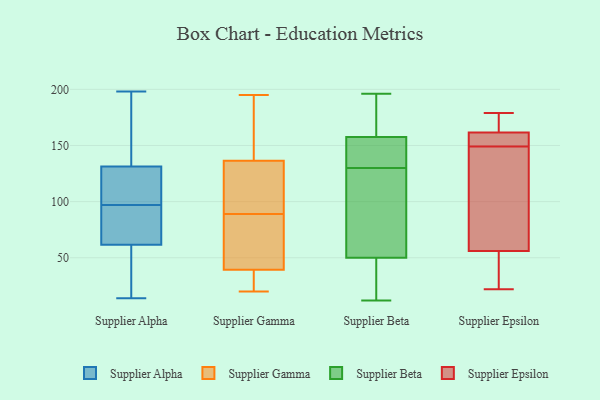
{"axis": {"x": "Backlog", "y": "Value"}, "legend": ["Supplier Alpha", "Supplier Beta", "Supplier Epsilon", "Supplier Gamma"], "data": [{"x": "", "y": 122, "type": "Supplier Alpha"}, {"x": "", "y": 164, "type": "Supplier Alpha"}, {"x": "", "y": 159, "type": "Supplier Alpha"}, {"x": "", "y": 122, "type": "Supplier Alpha"}, {"x": "", "y": 95, "type": "Supplier Alpha"}, {"x": "", "y": 24, "type": "Supplier Alpha"}, {"x": "", "y": 30, "type": "Supplier Alpha"}, {"x": "", "y": 54, "type": "Supplier Alpha"}, {"x": "", "y": 83, "type": "Supplier Alpha"}, {"x": "", "y": 99, "type": "Supplier Alpha"}, {"x": "", "y": 14, "type": "Supplier Alpha"}, {"x": "", "y": 89, "type": "Supplier Alpha"}, {"x": "", "y": 198, "type": "Supplier Alpha"}, {"x": "", "y": 97, "type": "Supplier Alpha"}, {"x": "", "y": 174, "type": "Supplier Alpha"}, {"x": "", "y": 102, "type": "Supplier Alpha"}, {"x": "", "y": 64, "type": "Supplier Alpha"}, {"x": "", "y": 40, "type": "Supplier Gamma"}, {"x": "", "y": 39, "type": "Supplier Gamma"}, {"x": "", "y": 57, "type": "Supplier Gamma"}, {"x": "", "y": 90, "type": "Supplier Gamma"}, {"x": "", "y": 137, "type": "Supplier Gamma"}, {"x": "", "y": 143, "type": "Supplier Gamma"}, {"x": "", "y": 20, "type": "Supplier Gamma"}, {"x": "", "y": 30, "type": "Supplier Gamma"}, {"x": "", "y": 174, "type": "Supplier Gamma"}, {"x": "", "y": 121, "type": "Supplier Gamma"}, {"x": "", "y": 195, "type": "Supplier Gamma"}, {"x": "", "y": 89, "type": "Supplier Gamma"}, {"x": "", "y": 49, "type": "Supplier Gamma"}, {"x": "", "y": 135, "type": "Supplier Gamma"}, {"x": "", "y": 21, "type": "Supplier Gamma"}, {"x": "", "y": 161, "type": "Supplier Beta"}, {"x": "", "y": 138, "type": "Supplier Beta"}, {"x": "", "y": 12, "type": "Supplier Beta"}, {"x": "", "y": 140, "type": "Supplier Beta"}, {"x": "", "y": 173, "type": "Supplier Beta"}, {"x": "", "y": 18, "type": "Supplier Beta"}, {"x": "", "y": 74, "type": "Supplier Beta"}, {"x": "", "y": 149, "type": "Supplier Beta"}, {"x": "", "y": 154, "type": "Supplier Beta"}, {"x": "", "y": 112, "type": "Supplier Beta"}, {"x": "", "y": 122, "type": "Supplier Beta"}, {"x": "", "y": 196, "type": "Supplier Beta"}, {"x": "", "y": 48, "type": "Supplier Beta"}, {"x": "", "y": 30, "type": "Supplier Beta"}, {"x": "", "y": 52, "type": "Supplier Beta"}, {"x": "", "y": 163, "type": "Supplier Beta"}, {"x": "", "y": 26, "type": "Supplier Epsilon"}, {"x": "", "y": 169, "type": "Supplier Epsilon"}, {"x": "", "y": 61, "type": "Supplier Epsilon"}, {"x": "", "y": 150, "type": "Supplier Epsilon"}, {"x": "", "y": 179, "type": "Supplier Epsilon"}, {"x": "", "y": 152, "type": "Supplier Epsilon"}, {"x": "", "y": 112, "type": "Supplier Epsilon"}, {"x": "", "y": 61, "type": "Supplier Epsilon"}, {"x": "", "y": 41, "type": "Supplier Epsilon"}, {"x": "", "y": 149, "type": "Supplier Epsilon"}, {"x": "", "y": 170, "type": "Supplier Epsilon"}, {"x": "", "y": 22, "type": "Supplier Epsilon"}, {"x": "", "y": 159, "type": "Supplier Epsilon"}]}